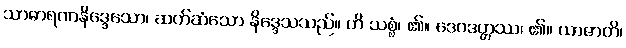
သာဓာရဏနိဒ္ဒေသော၊ ဆက်ဆံသော နိဒ္ဒေသသည်။ ဟိ သစ္စံ၊ ၏။ ဒေဝဒတ္တဿ၊ ၏။ ယာဇာတိ၊